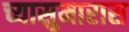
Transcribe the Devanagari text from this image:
च्यासुमारास